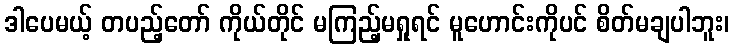
ဒါပေမယ့် တပည့်တော် ကိုယ်တိုင် မကြည့်မရှုရင် မူဟောင်းကိုပင် စိတ်မချပါဘူး၊